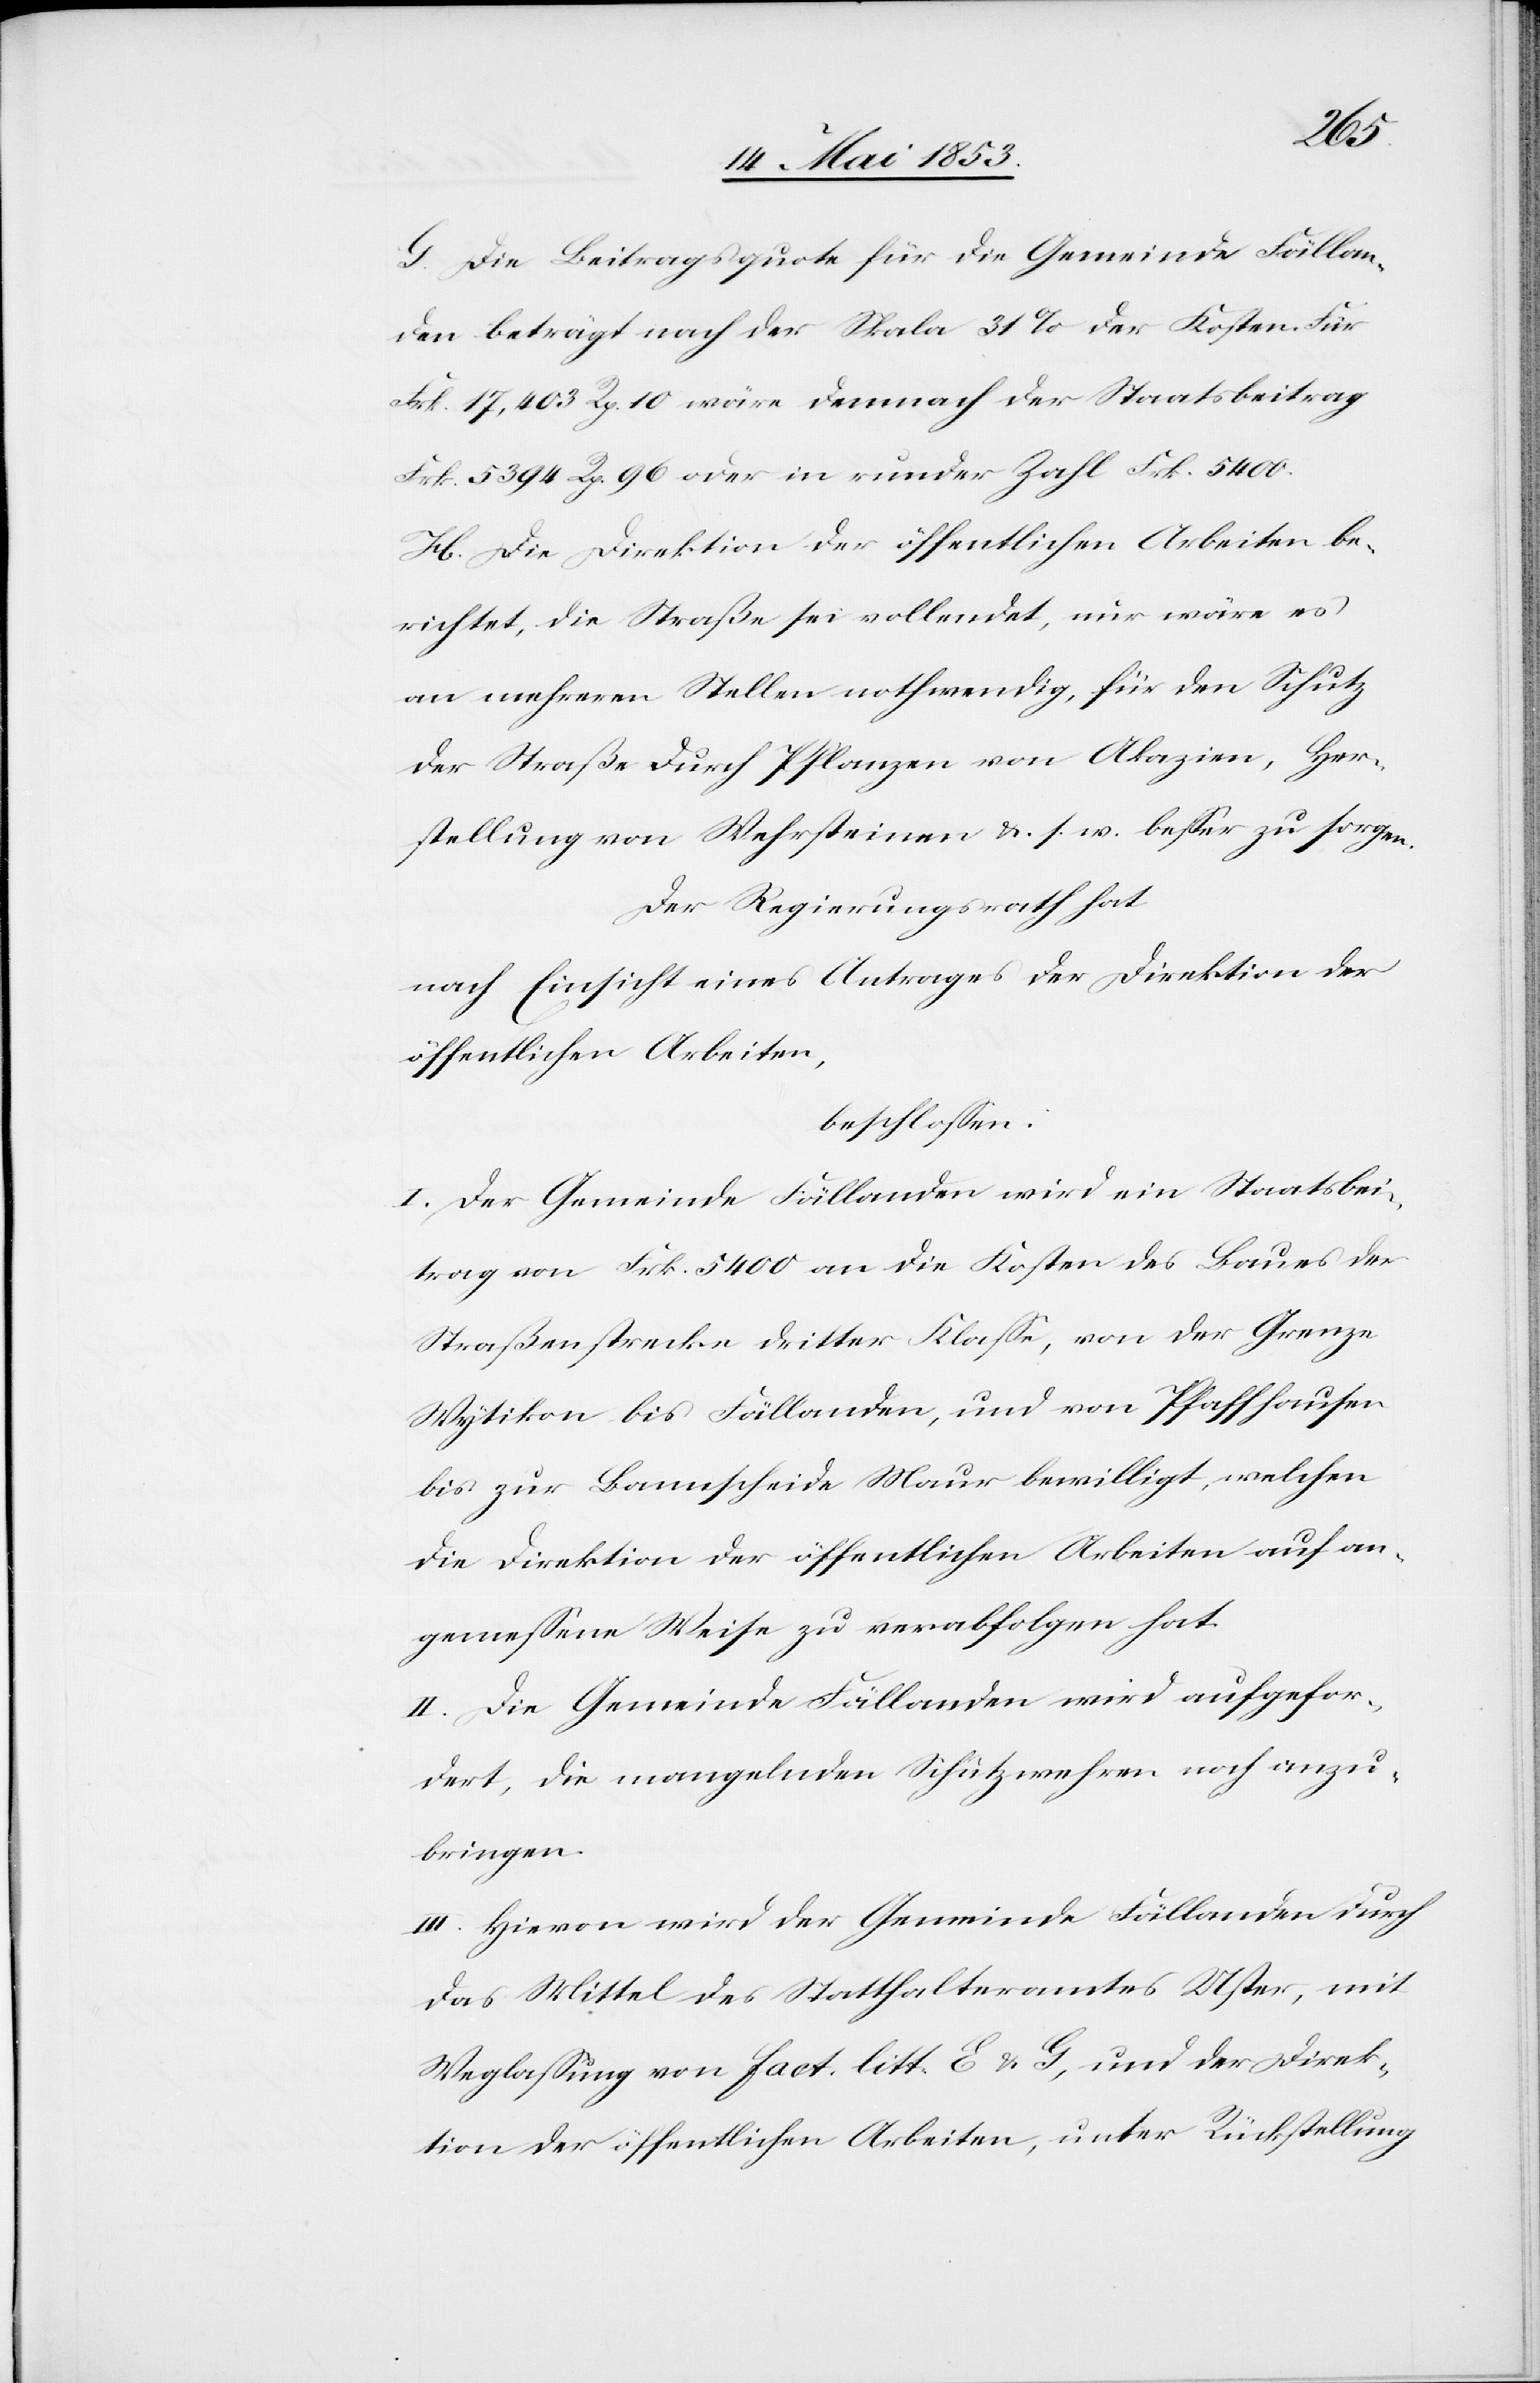
G. Die Beitragsquote für die Gemeinde Fällan¬
den beträgt nach der Skala 31 % der Kosten. Für
Frk. 17,403 Rp. 10 wäre demnach der Staatsbeitrag
Frk. 5394 Rp. 96 oder in runder Zahl Frk. 5400.
H. Die Direktion der öffentlichen Arbeiten be¬
richtet, die Straße sei vollendet, nur wäre es
an mehreren Stellen nothwendig, für den Schutz
der Straße durch Pflanzen von Akazien, Her¬
stellung von Wehrsteinen u. s. w. beßer zu sorgen.
Der Regierungsrath hat
nach Einsicht eines Antrages der Direktion
öffentlichen Arbeiten,
beschloßen:
I. Der Gemeinde Fällanden wird ein Staatsbei¬
trag von Frk. 5400 an die Kosten des Baues der
Straßenstrecke dritter Klaße, von der Grenze
Wytikon bis Fällanden, und von Pfaffhausen
bis zur Bannscheide Maur bewilligt, welchen
die Direktion der öffentlichen Arbeiten auf an¬
gemeßene Weise zu verabfolgen hat.
II. Die Gemeinde Fällanden wird aufgefor¬
dert, die mangelnden Schutzwehren noch anzu¬
bringen.
III. Hievon wird der Gemeinde Fällanden durch
das Mittel des Statthalteramtes Uster, mit
Weglaßung von fact. litt. E u. G, und der Direk¬
tion der öffentlichen Arbeiten, unter Rückstellung